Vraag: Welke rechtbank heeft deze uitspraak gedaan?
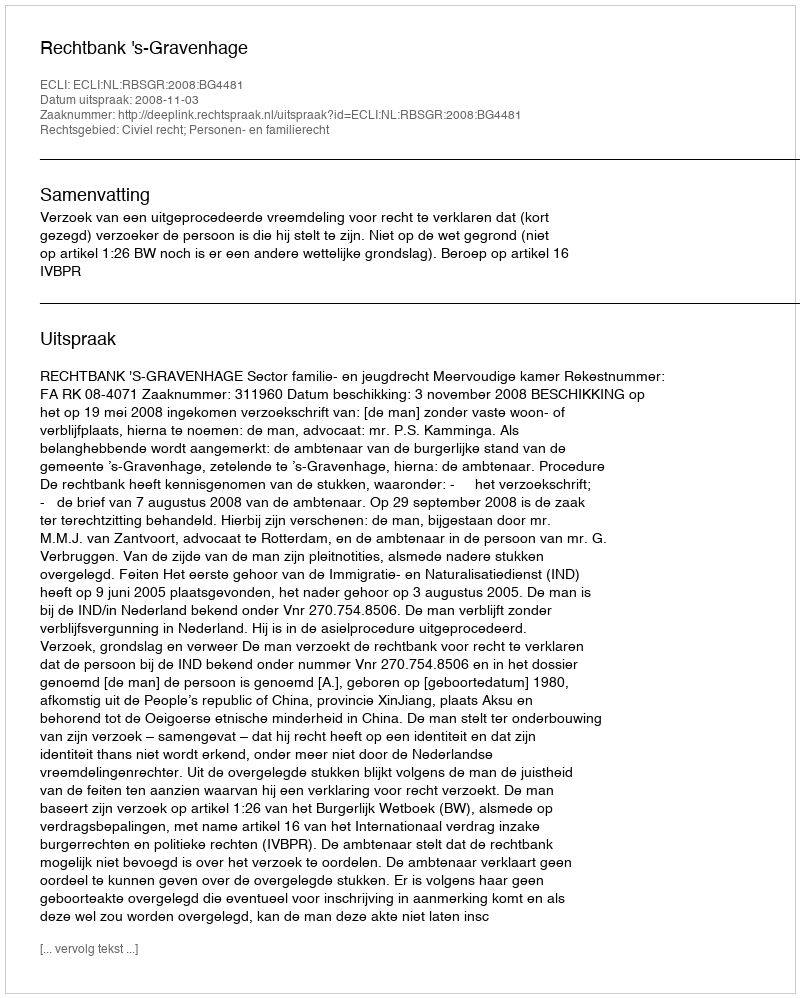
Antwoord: Rechtbank 's-Gravenhage